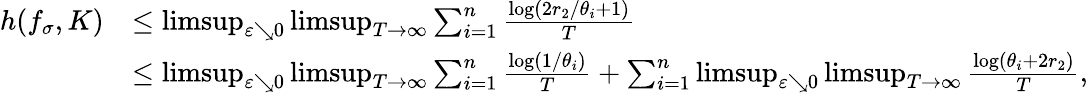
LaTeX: \begin{array}{rl}{h(f_{\sigma},K)}&{\leq\operatorname*{limsup}_{\varepsilon\searrow 0}\operatorname*{limsup}_{T\to\infty}\sum_{i=1}^{n}\frac{\log(2r_{2}/\theta_{i}+1)}{T}}\\ &{\leq\operatorname*{limsup}_{\varepsilon\searrow 0}\operatorname*{limsup}_{T\to\infty}\sum_{i=1}^{n}\frac{\log(1/\theta_{i})}{T}+\sum_{i=1}^{n}\operatorname*{limsup}_{\varepsilon\searrow 0}\operatorname*{limsup}_{T\to\infty}\frac{\log(\theta_{i}+2r_{2})}{T},}\end{array}